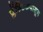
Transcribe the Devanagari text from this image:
प्लॅस्टिकपासून